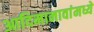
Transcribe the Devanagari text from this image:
आदिमानावांमध्ये